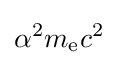
\alpha ^{2}m_{\text{e}}c^{2}